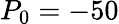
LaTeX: P_{0}=-50